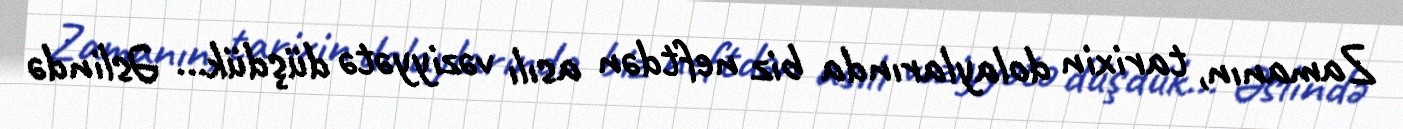
Zamanın, tarixin dolaylarında biz neftdən asılı vəziyyətə düşdük... Əslində